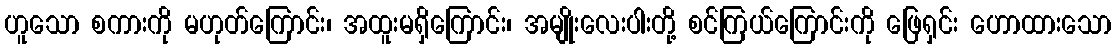
ဟူသော စကားကို မဟုတ်ကြောင်း၊ အထူးမရှိကြောင်း၊ အမျိုးလေးပါးတို့ စင်ကြယ်ကြောင်းကို ဖြေရှင်း ဟောထားသော